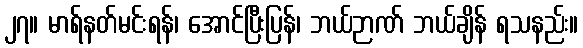
၂၇။ မာရ်နတ်မင်းရန်၊ အောင်ပြီးပြန်၊ ဘယ်ဉာဏ် ဘယ်ချိန် ရသနည်း။